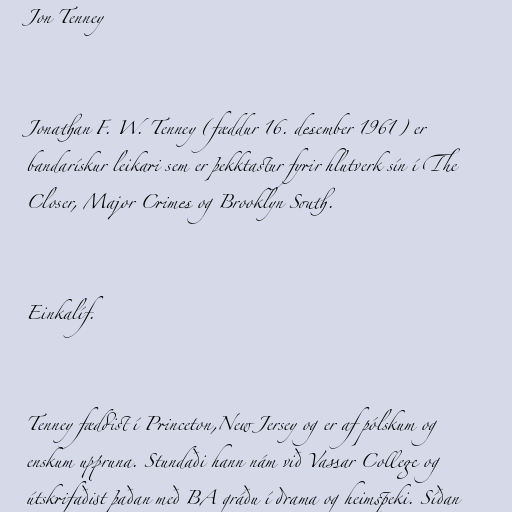
Jon Tenney

Jonathan F. W. Tenney (fæddur 16. desember 1961) er
bandarískur leikari sem er þekktastur fyrir hlutverk sín í The
Closer, Major Crimes og Brooklyn South.

Einkalíf.

Tenney fæddist í Princeton,New Jersey og er af pólskum og
enskum uppruna. Stundaði hann nám við Vassar College og
útskrifaðist þaðan með BA gráðu í drama og heimspeki. Síðan